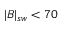
| B | _ { s w } < 7 0